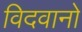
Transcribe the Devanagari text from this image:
विदवानो